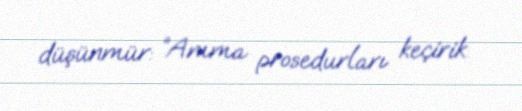
düşünmür: “Amma prosedurları keçirik.